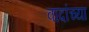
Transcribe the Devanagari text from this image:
वादांच्या